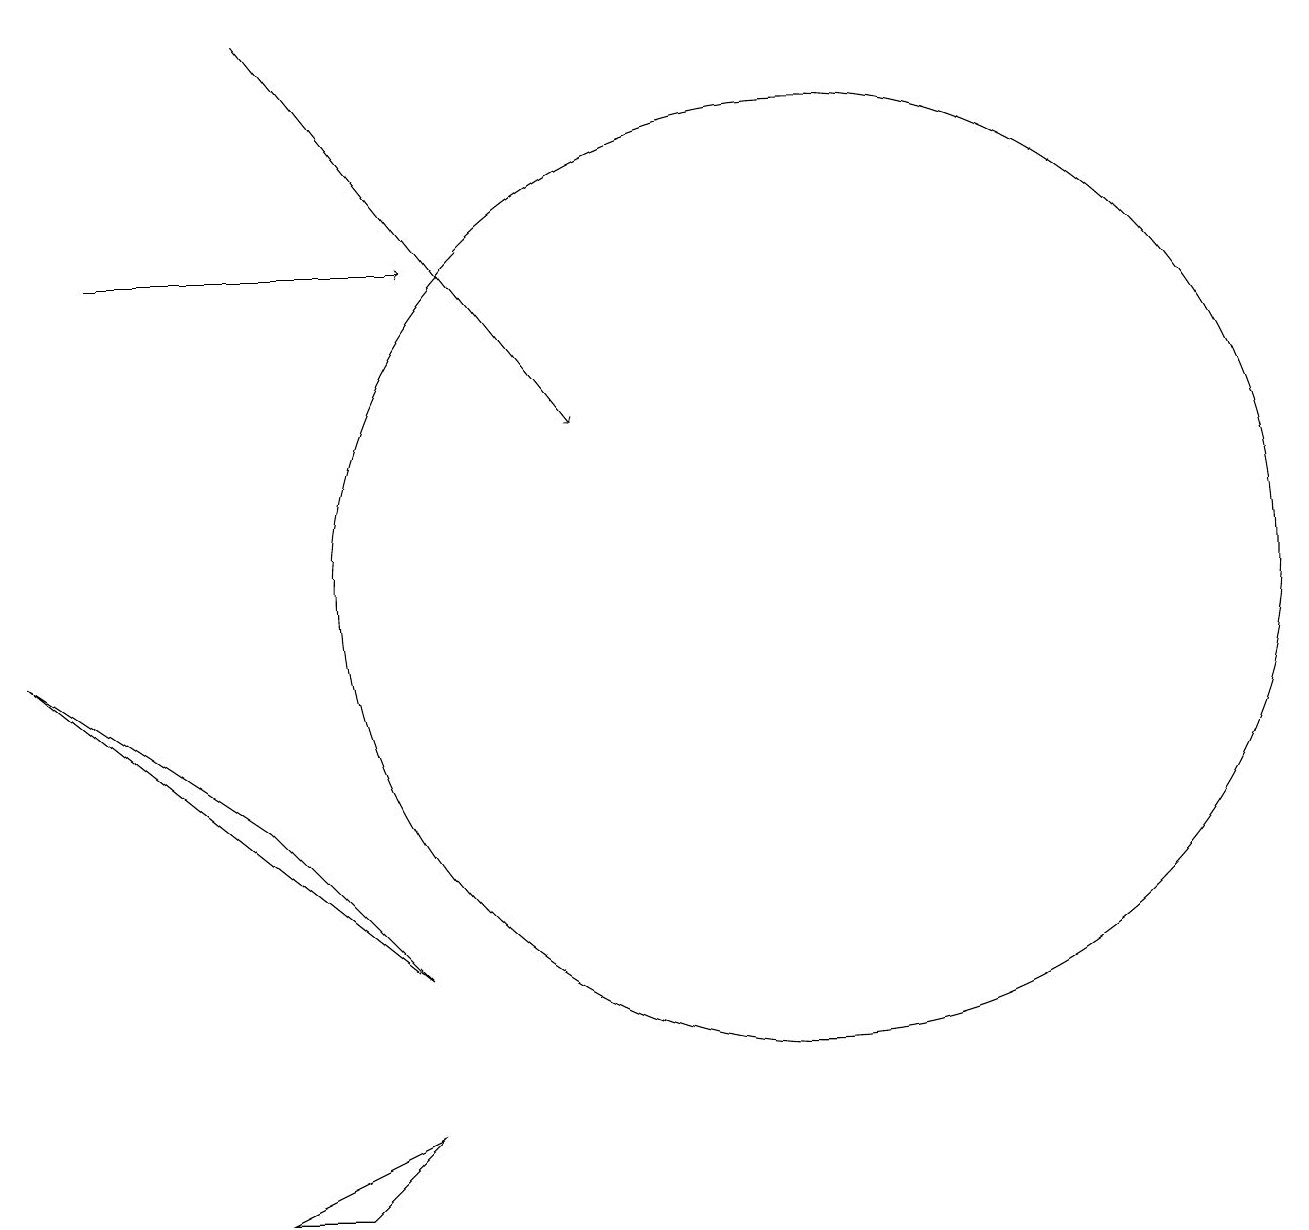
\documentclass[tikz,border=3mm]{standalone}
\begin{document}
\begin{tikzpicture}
\draw[->] (2,14) -- (6,14);
\draw[->] (4,17) -- (8,12);
\draw (11,12) circle (0);
\draw (11,10) circle (6);
\draw (6,5) -- (1,9) -- (4,7) -- cycle;
\draw (6,3) -- (4,2) -- (5,2) -- cycle;
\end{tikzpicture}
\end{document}